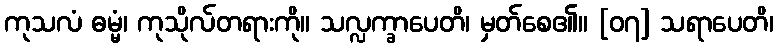
ကုသလံ ဓမ္မံ၊ ကုသိုလ်တရားကို။ သလ္လက္ခာပေတိ၊ မှတ်စေ၏။ [၀၇] သရာပေတိ၊